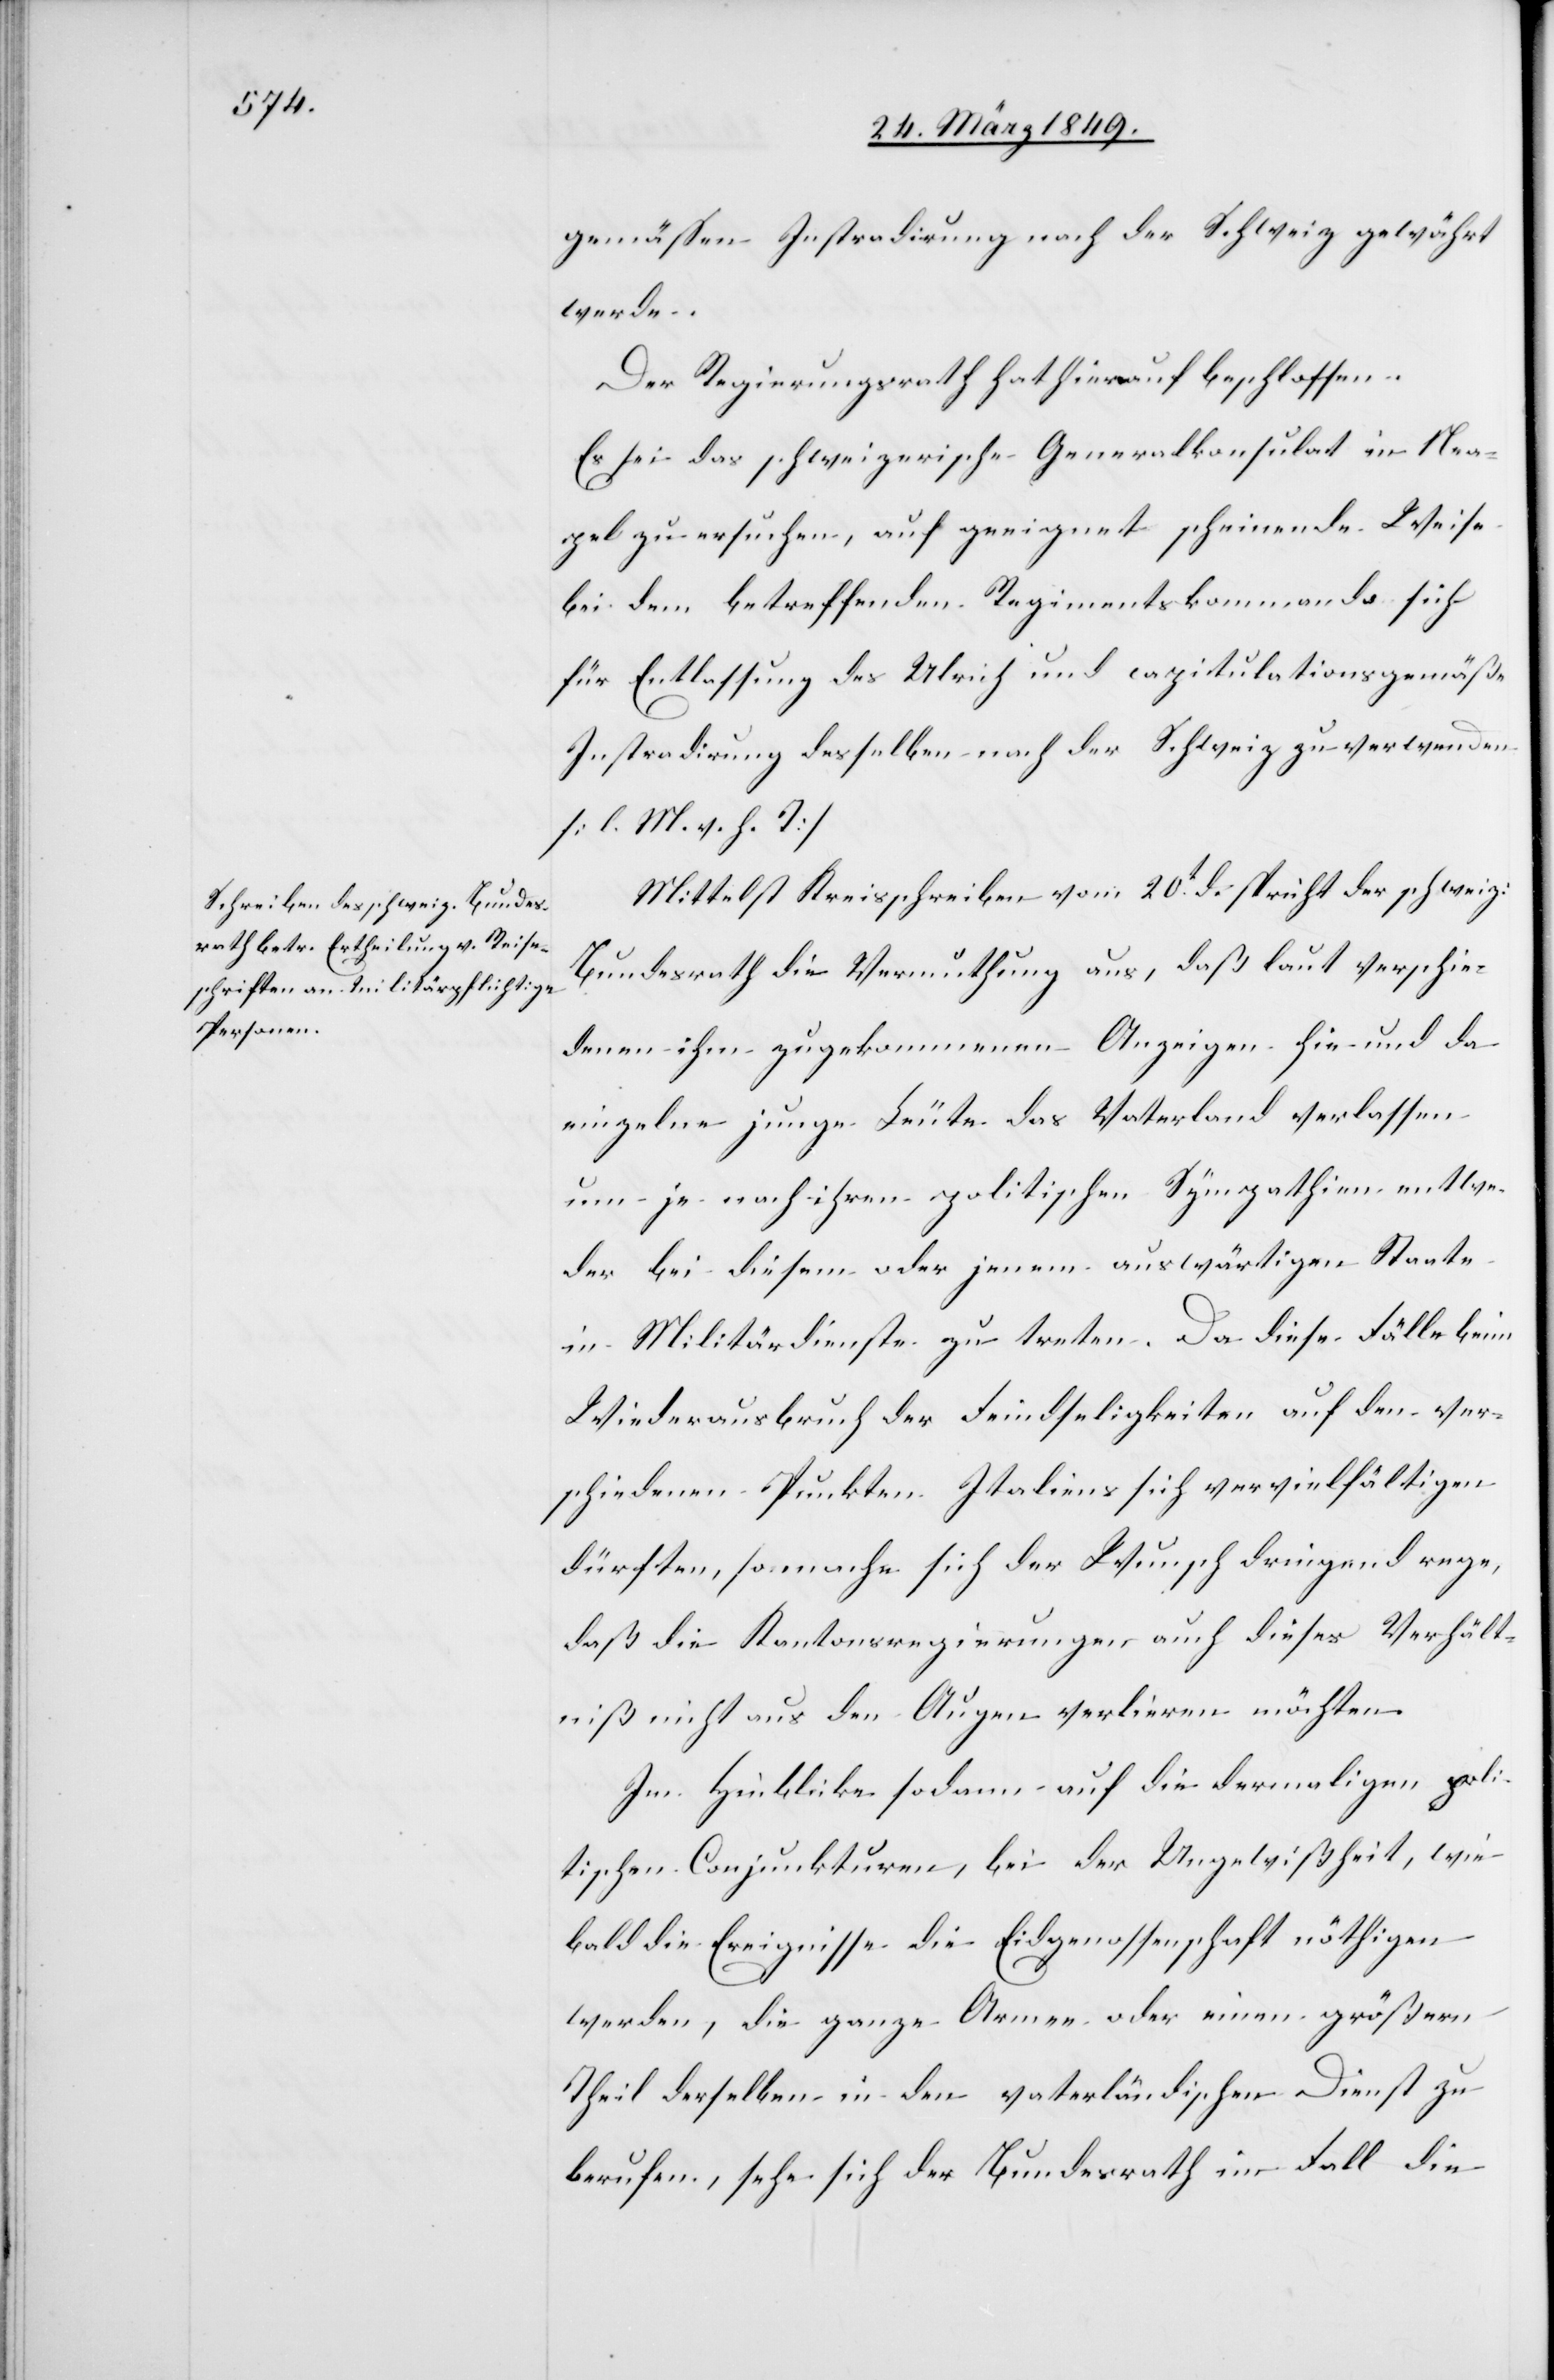
gemässen Instradirung nach der Schweiz gewährt
werde.
Der Regierungsrath hat hierauf beschlossen
Es sei das schweizerische Generalkonsulat in Nea¬
pel zu ersuchen, auf geeignet scheinende Weise
bei dem betreffenden Regimentskommando sich
für Entlassung des Ulrich und capitulationsgemäße
Instradirung desselben nach der Schweiz zu verwenden
[l. M. v. h. T]
Mittelst Kreisschreiben vom 20t. d. spricht der schweiz.
Bundesrath die Vermuthung aus, daß laut verschie¬
denen ihm zugekommenen Anzeigen hie und da
einzelne junge Leute das Vaterland verlassen
um je nach ihren politischen Sympathien entwe¬
der bei diesem oder jenem auswärtigen Staate
in Militärdienste zu treten. Da diese Fälle beim
Wiederausbruch der Feindseligkeiten auf den ver¬
schiedenen Punkten Italiens sich vervielfältigen
dürften, so mache sich der Wunsch dringend rege,
daß die Kantonsregierungen auch dieses Verhält¬
niß nicht aus den Augen verlieren möchten.
Im Hinblicke sodann auf die dermaligen poli¬
tischen Conjunkturen, bei der Ungewißheit, wie
bald die Ereignisse die Eidgenossenschaft nöthigen
werden, die ganze Armee oder einen größern
Theil derselben in den vaterländischen Dienst zu
berufen, sehe sich der Bundesrath im Fall die